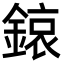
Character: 鎄